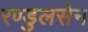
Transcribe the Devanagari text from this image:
रण्डुलसेन